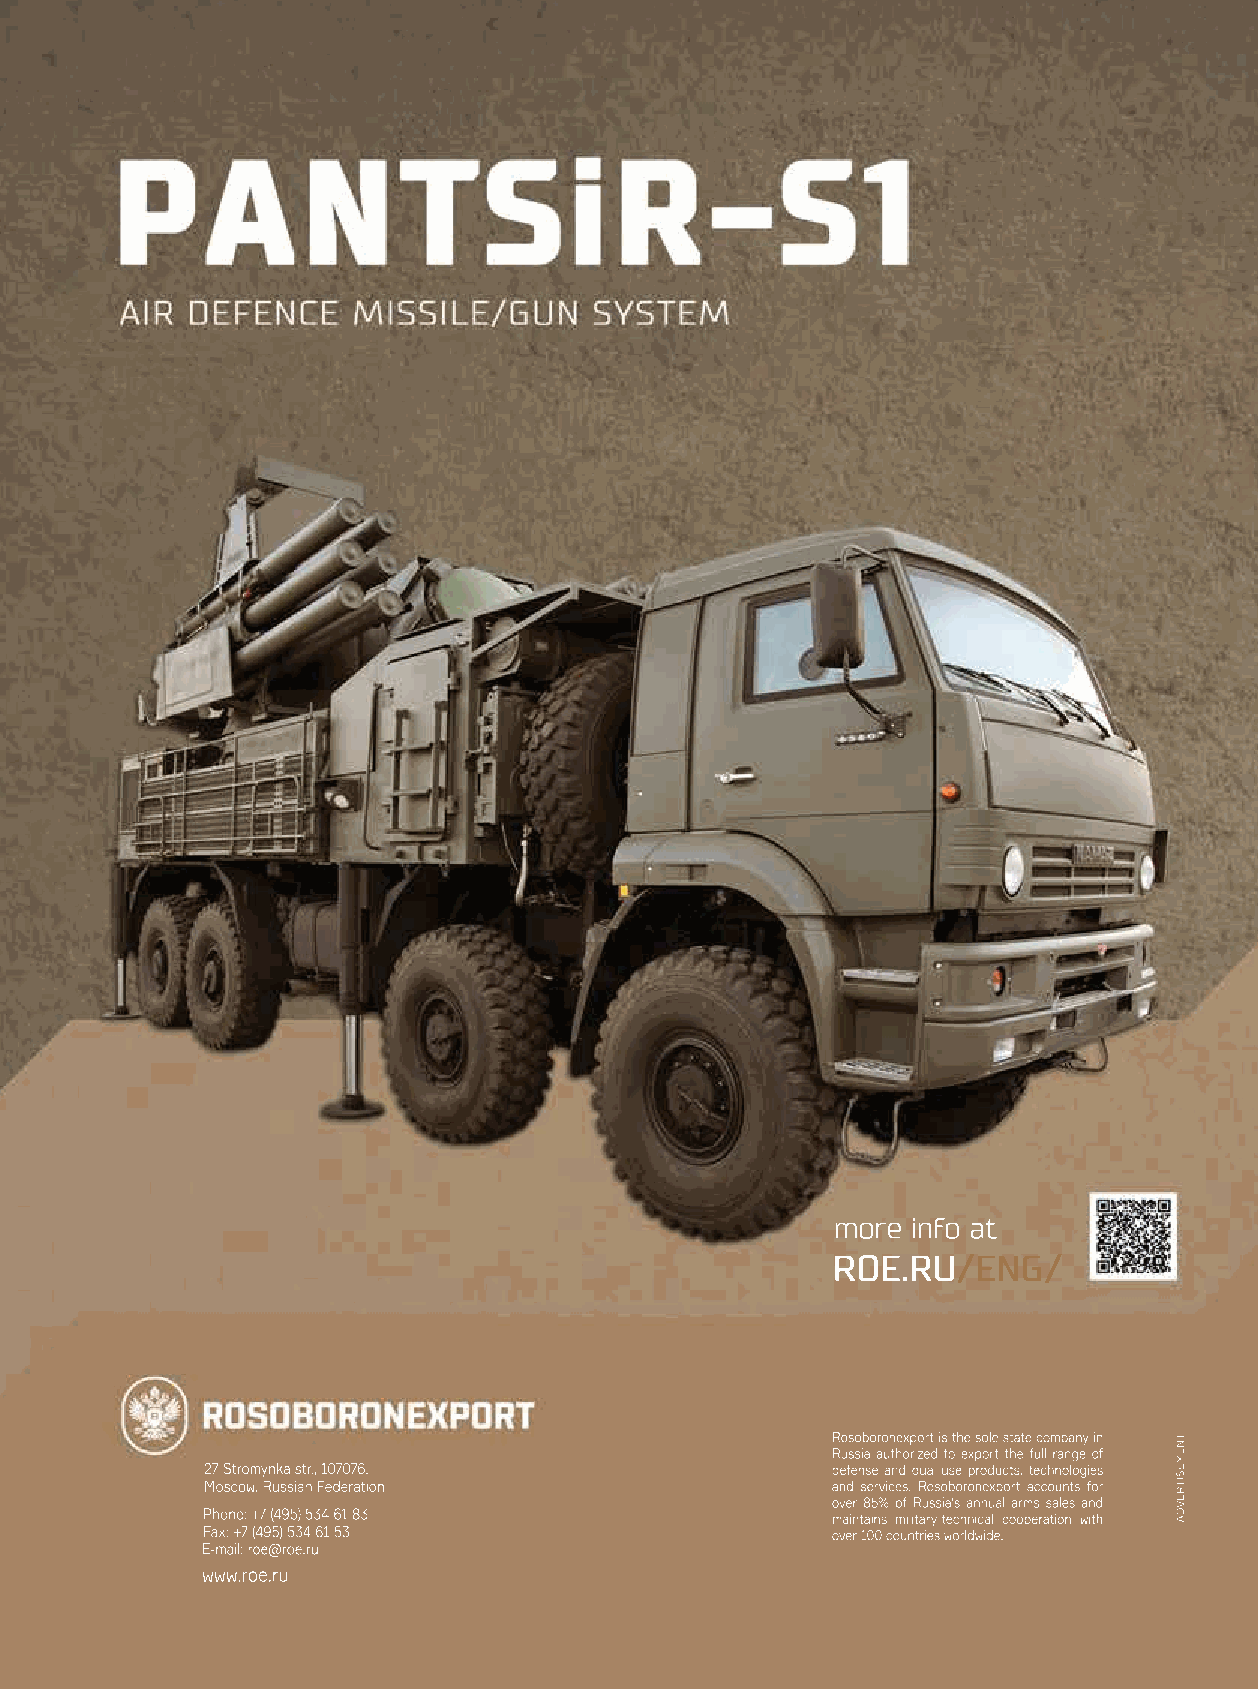
more info at
 ROE.RU/ENG/
 Rosoboronexport is the sole state company in
 Russia authorized to export the full range of
 27 Stromynka str., 107076,                defense and dual-use products, technologies
 Moscow, Russian Federation                and services. Rosoboronexport accounts for
 over 85% of Russia's annual arms sales and
 Phone: +7 (495) 534 61 83                 maintains military-technical cooperation with
 Fax: +7 (495) 534 61 53                   over 100 countries worldwide.
 E-mail: roe@roe.ru
 www.roe.ru
 TNEMESITREVDA